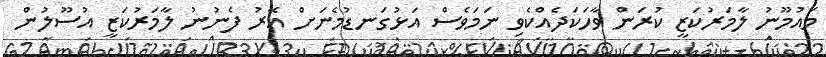
މައުމޫނު ލާމަރުކަޒީ ކުރަން ވާހަކަދެއްކެވި ނަމަވެސް އަޅުގަނޑުމެނަށް އޭރު ފެނުނު ލާމަރުކަޒީ އުސޫލުން